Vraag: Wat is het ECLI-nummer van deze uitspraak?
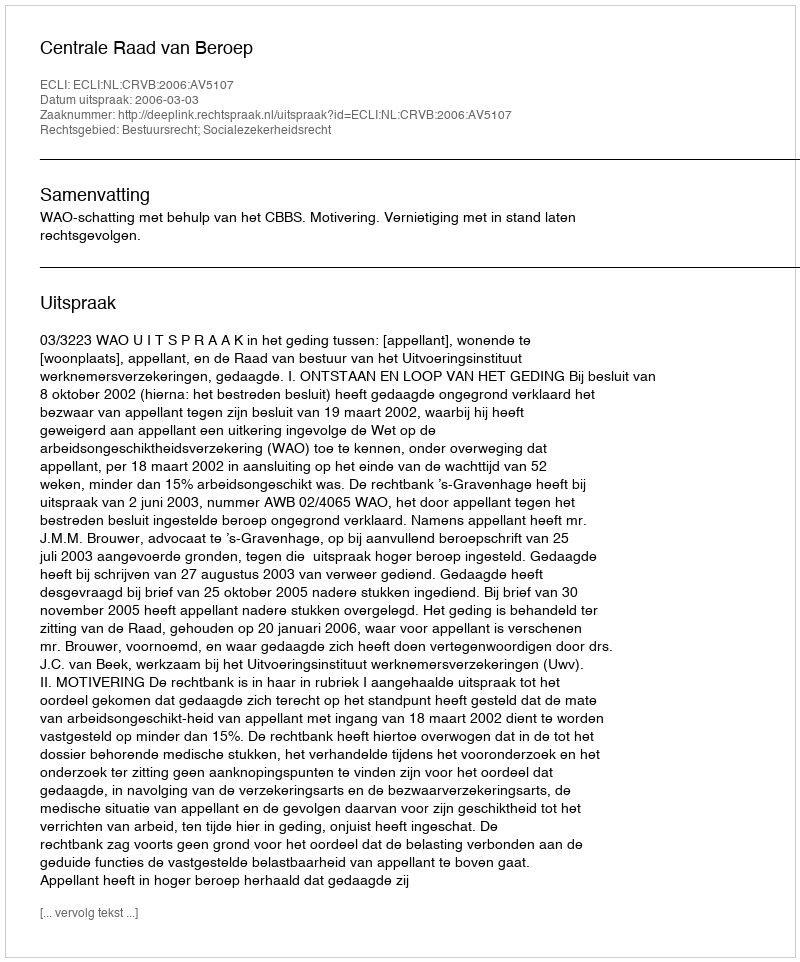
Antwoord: ECLI:NL:CRVB:2006:AV5107